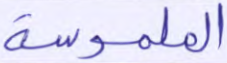
الملموسة